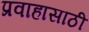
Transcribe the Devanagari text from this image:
प्रवाहासाठी